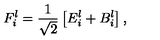
F _ { i } ^ { l } = \frac { 1 } { \sqrt { 2 } } \left[ E _ { i } ^ { l } + B _ { i } ^ { l } \right] ,